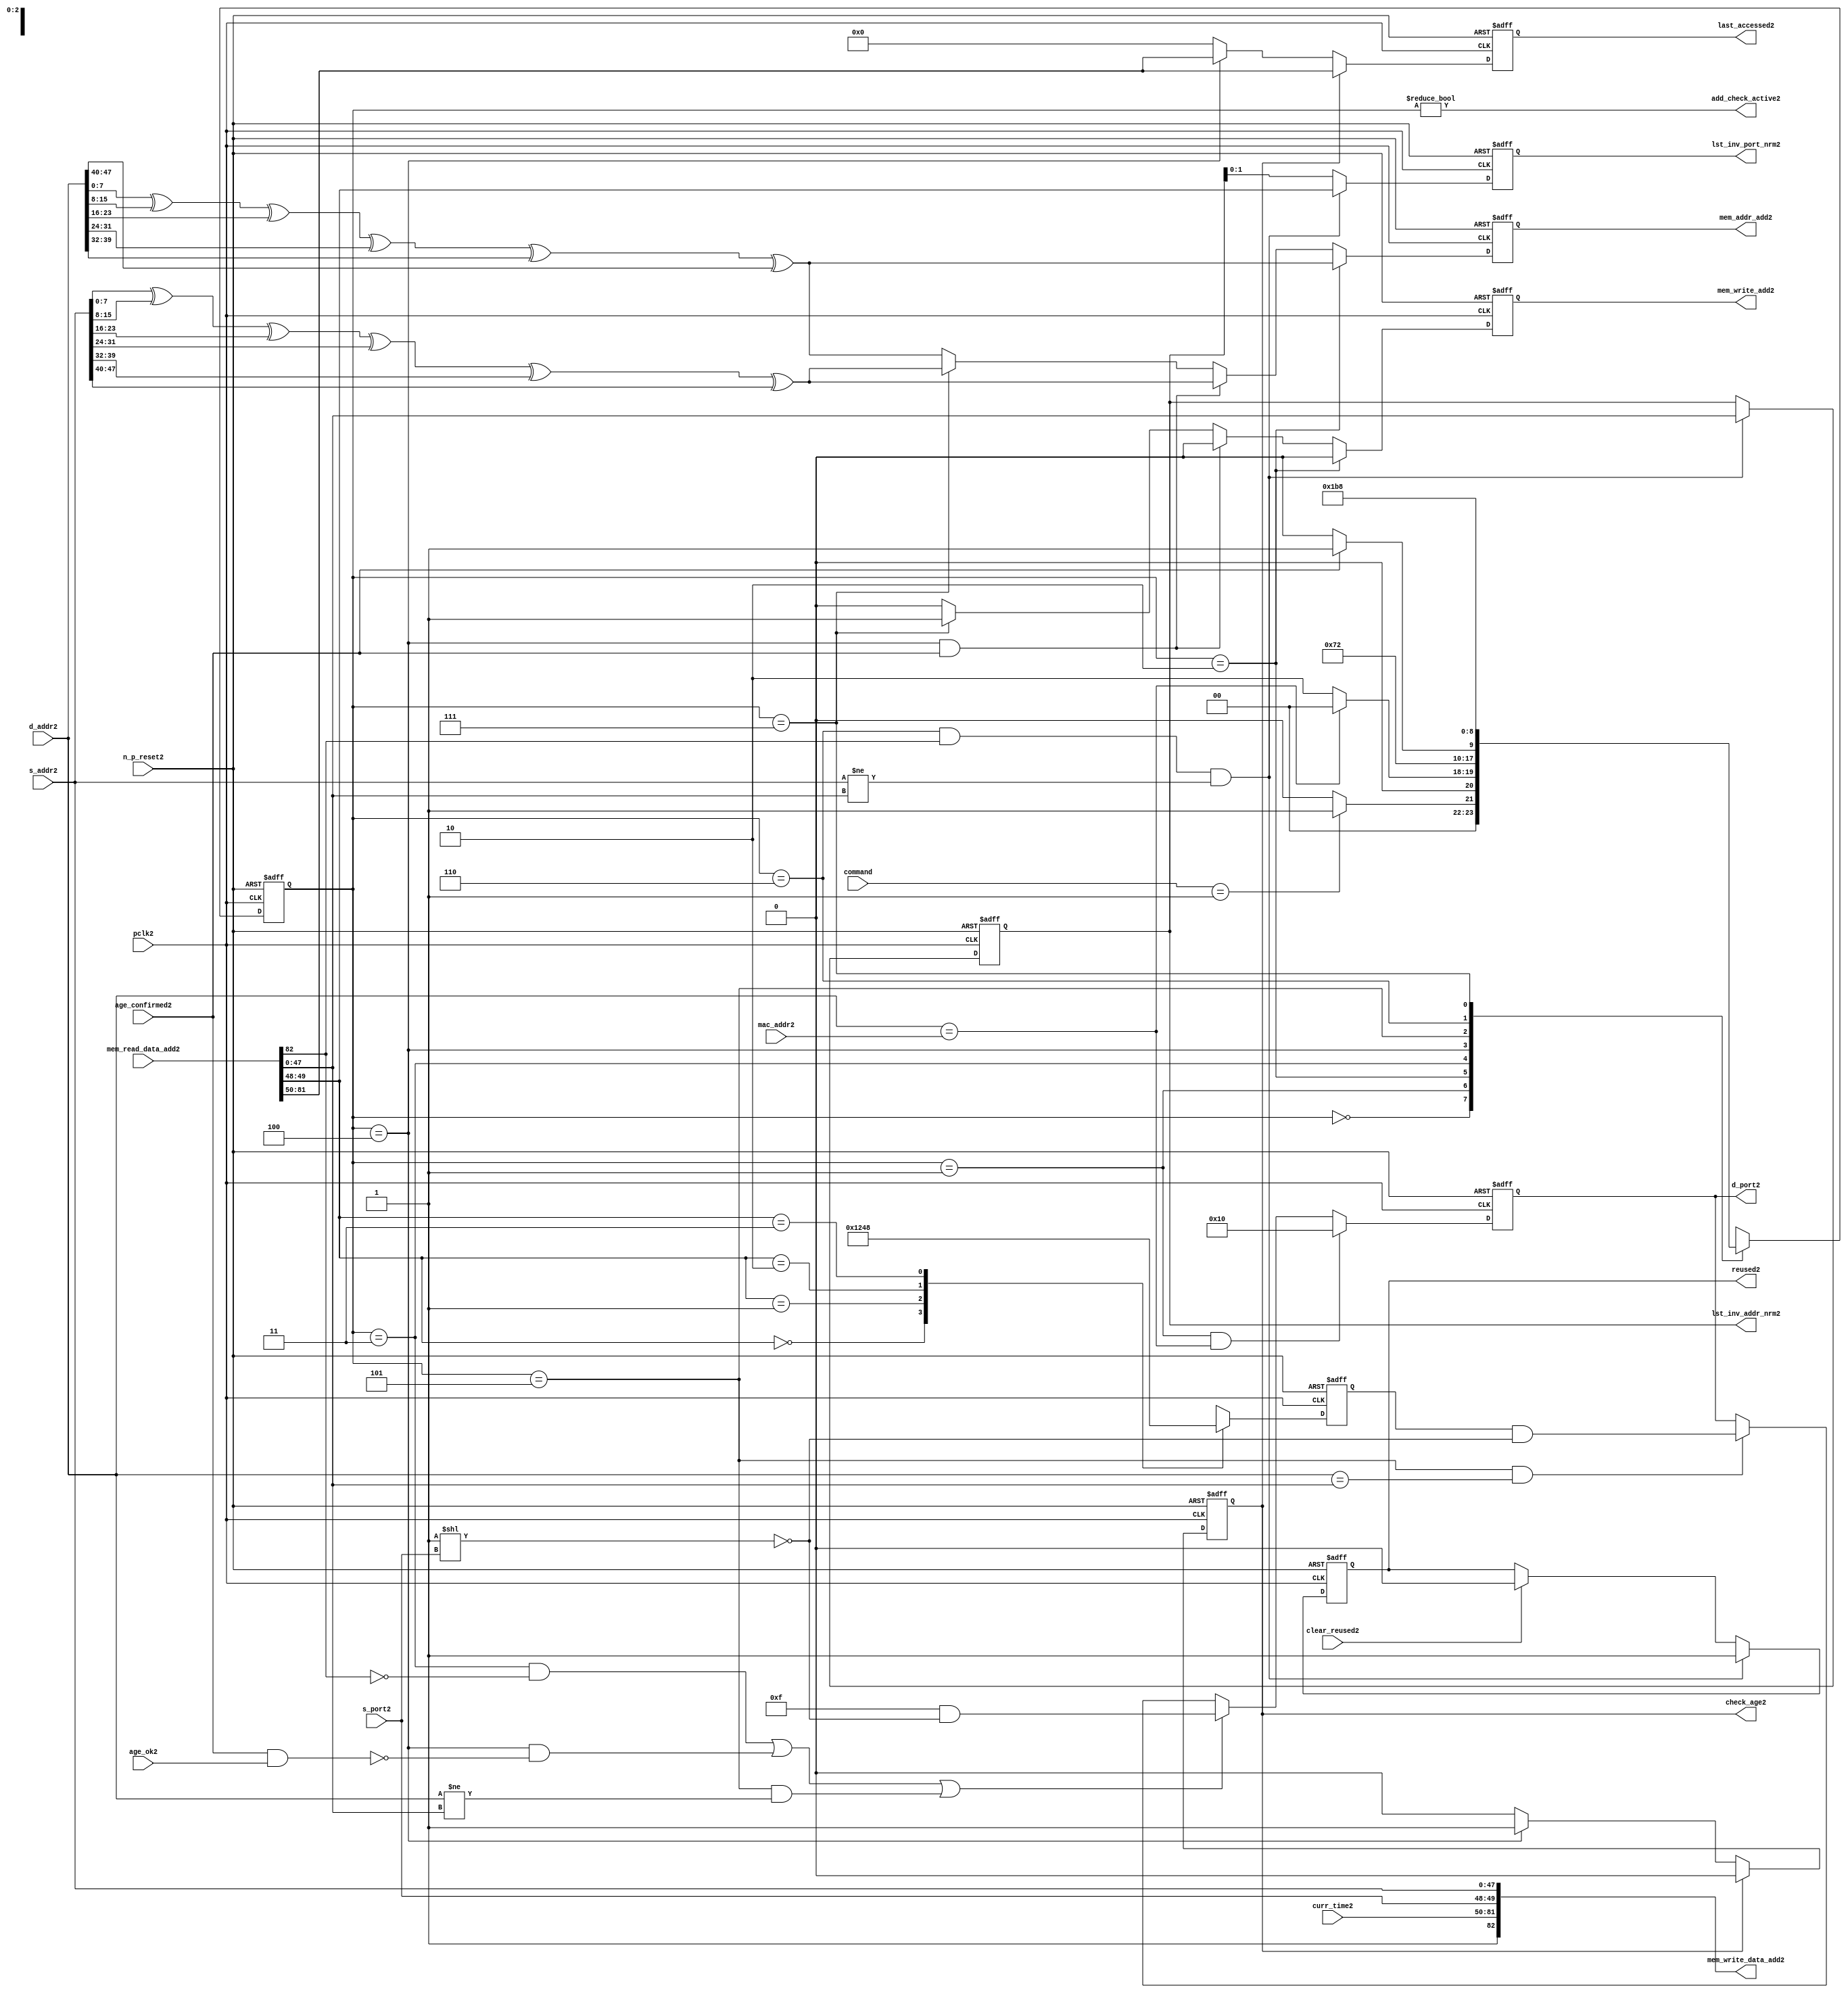
module alut_addr_checker2
(   
   // Inputs2
   pclk2,
   n_p_reset2,
   command,
   mac_addr2,
   d_addr2,
   s_addr2,
   s_port2,
   curr_time2,
   mem_read_data_add2,
   age_confirmed2,
   age_ok2,
   clear_reused2,

   //outputs2
   d_port2,
   add_check_active2,
   mem_addr_add2,
   mem_write_add2,
   mem_write_data_add2,
   lst_inv_addr_nrm2,
   lst_inv_port_nrm2,
   check_age2,
   last_accessed2,
   reused2
);



   input               pclk2;               // APB2 clock2                           
   input               n_p_reset2;          // Reset2                               
   input [1:0]         command;            // command bus                        
   input [47:0]        mac_addr2;           // address of the switch2              
   input [47:0]        d_addr2;             // address of frame2 to be checked2     
   input [47:0]        s_addr2;             // address of frame2 to be stored2      
   input [1:0]         s_port2;             // source2 port of current frame2       
   input [31:0]        curr_time2;          // current time,for storing2 in mem    
   input [82:0]        mem_read_data_add2;  // read data from mem                 
   input               age_confirmed2;      // valid flag2 from age2 checker        
   input               age_ok2;             // result from age2 checker 
   input               clear_reused2;       // read/clear flag2 for reused2 signal2           

   output [4:0]        d_port2;             // calculated2 destination2 port for tx2 
   output              add_check_active2;   // bit 0 of status register           
   output [7:0]        mem_addr_add2;       // hash2 address for R/W2 to memory     
   output              mem_write_add2;      // R/W2 flag2 (write = high2)            
   output [82:0]       mem_write_data_add2; // write data for memory             
   output [47:0]       lst_inv_addr_nrm2;   // last invalidated2 addr normal2 op    
   output [1:0]        lst_inv_port_nrm2;   // last invalidated2 port normal2 op    
   output              check_age2;          // request flag2 for age2 check
   output [31:0]       last_accessed2;      // time field sent2 for age2 check
   output              reused2;             // indicates2 ALUT2 location2 overwritten2

   reg   [2:0]         add_chk_state2;      // current address checker state
   reg   [2:0]         nxt_add_chk_state2;  // current address checker state
   reg   [4:0]         d_port2;             // calculated2 destination2 port for tx2 
   reg   [3:0]         port_mem2;           // bitwise2 conversion2 of 2bit port
   reg   [7:0]         mem_addr_add2;       // hash2 address for R/W2 to memory
   reg                 mem_write_add2;      // R/W2 flag2 (write = high2)            
   reg                 reused2;             // indicates2 ALUT2 location2 overwritten2
   reg   [47:0]        lst_inv_addr_nrm2;   // last invalidated2 addr normal2 op    
   reg   [1:0]         lst_inv_port_nrm2;   // last invalidated2 port normal2 op    
   reg                 check_age2;          // request flag2 for age2 checker
   reg   [31:0]        last_accessed2;      // time field sent2 for age2 check


   wire   [7:0]        s_addr_hash2;        // hash2 of address for storing2
   wire   [7:0]        d_addr_hash2;        // hash2 of address for checking
   wire   [82:0]       mem_write_data_add2; // write data for memory  
   wire                add_check_active2;   // bit 0 of status register           


// Parameters2 for Address Checking2 FSM2 states2
   parameter idle2           = 3'b000;
   parameter mac_addr_chk2   = 3'b001;
   parameter read_dest_add2  = 3'b010;
   parameter valid_chk2      = 3'b011;
   parameter age_chk2        = 3'b100;
   parameter addr_chk2       = 3'b101;
   parameter read_src_add2   = 3'b110;
   parameter write_src2      = 3'b111;


// -----------------------------------------------------------------------------
//   Hash2 conversion2 of source2 and destination2 addresses2
// -----------------------------------------------------------------------------
   assign s_addr_hash2 = s_addr2[7:0] ^ s_addr2[15:8] ^ s_addr2[23:16] ^
                        s_addr2[31:24] ^ s_addr2[39:32] ^ s_addr2[47:40];

   assign d_addr_hash2 = d_addr2[7:0] ^ d_addr2[15:8] ^ d_addr2[23:16] ^
                        d_addr2[31:24] ^ d_addr2[39:32] ^ d_addr2[47:40];



// -----------------------------------------------------------------------------
//   State2 Machine2 For2 handling2 the destination2 address checking process and
//   and storing2 of new source2 address and port values.
// -----------------------------------------------------------------------------
always @ (command or add_chk_state2 or age_confirmed2 or age_ok2)
   begin
      case (add_chk_state2)
      
      idle2:
         if (command == 2'b01)
            nxt_add_chk_state2 = mac_addr_chk2;
         else
            nxt_add_chk_state2 = idle2;

      mac_addr_chk2:   // check if destination2 address match MAC2 switch2 address
         if (d_addr2 == mac_addr2)
            nxt_add_chk_state2 = idle2;  // return dest2 port as 5'b1_0000
         else
            nxt_add_chk_state2 = read_dest_add2;

      read_dest_add2:       // read data from memory using hash2 of destination2 address
            nxt_add_chk_state2 = valid_chk2;

      valid_chk2:      // check if read data had2 valid bit set
         nxt_add_chk_state2 = age_chk2;

      age_chk2:        // request age2 checker to check if still in date2
         if (age_confirmed2)
            nxt_add_chk_state2 = addr_chk2;
         else
            nxt_add_chk_state2 = age_chk2; 

      addr_chk2:       // perform2 compare between dest2 and read addresses2
            nxt_add_chk_state2 = read_src_add2; // return read port from ALUT2 mem

      read_src_add2:   // read from memory location2 about2 to be overwritten2
            nxt_add_chk_state2 = write_src2; 

      write_src2:      // write new source2 data (addr and port) to memory
            nxt_add_chk_state2 = idle2; 

      default:
            nxt_add_chk_state2 = idle2;
      endcase
   end


// destination2 check FSM2 current state
always @ (posedge pclk2 or negedge n_p_reset2)
   begin
   if (~n_p_reset2)
      add_chk_state2 <= idle2;
   else
      add_chk_state2 <= nxt_add_chk_state2;
   end



// -----------------------------------------------------------------------------
//   Generate2 returned value of port for sending2 new frame2 to
// -----------------------------------------------------------------------------
always @ (posedge pclk2 or negedge n_p_reset2)
   begin
   if (~n_p_reset2)
      d_port2 <= 5'b0_1111;
   else if ((add_chk_state2 == mac_addr_chk2) & (d_addr2 == mac_addr2))
      d_port2 <= 5'b1_0000;
   else if (((add_chk_state2 == valid_chk2) & ~mem_read_data_add2[82]) |
            ((add_chk_state2 == age_chk2) & ~(age_confirmed2 & age_ok2)) |
            ((add_chk_state2 == addr_chk2) & (d_addr2 != mem_read_data_add2[47:0])))
      d_port2 <= 5'b0_1111 & ~( 1 << s_port2 );
   else if ((add_chk_state2 == addr_chk2) & (d_addr2 == mem_read_data_add2[47:0]))
      d_port2 <= {1'b0, port_mem2} & ~( 1 << s_port2 );
   else
      d_port2 <= d_port2;
   end


// -----------------------------------------------------------------------------
//   convert read port source2 value from 2bits to bitwise2 4 bits
// -----------------------------------------------------------------------------
always @ (posedge pclk2 or negedge n_p_reset2)
   begin
   if (~n_p_reset2)
      port_mem2 <= 4'b1111;
   else begin
      case (mem_read_data_add2[49:48])
         2'b00: port_mem2 <= 4'b0001;
         2'b01: port_mem2 <= 4'b0010;
         2'b10: port_mem2 <= 4'b0100;
         2'b11: port_mem2 <= 4'b1000;
      endcase
   end
   end
   


// -----------------------------------------------------------------------------
//   Set active bit of status, decoded2 off2 add_chk_state2
// -----------------------------------------------------------------------------
assign add_check_active2 = (add_chk_state2 != 3'b000);


// -----------------------------------------------------------------------------
//   Generate2 memory addressing2 signals2.
//   The check address command will be taken2 as the indication2 from SW2 that the 
//   source2 fields (address and port) can be written2 to memory. 
// -----------------------------------------------------------------------------
always @ (posedge pclk2 or negedge n_p_reset2)
   begin
   if (~n_p_reset2) 
   begin
       mem_write_add2 <= 1'b0;
       mem_addr_add2  <= 8'd0;
   end
   else if (add_chk_state2 == read_dest_add2)
   begin
       mem_write_add2 <= 1'b0;
       mem_addr_add2  <= d_addr_hash2;
   end
// Need2 to set address two2 cycles2 before check
   else if ( (add_chk_state2 == age_chk2) && age_confirmed2 )
   begin
       mem_write_add2 <= 1'b0;
       mem_addr_add2  <= s_addr_hash2;
   end
   else if (add_chk_state2 == write_src2)
   begin
       mem_write_add2 <= 1'b1;
       mem_addr_add2  <= s_addr_hash2;
   end
   else
   begin
       mem_write_add2 <= 1'b0;
       mem_addr_add2  <= d_addr_hash2;
   end
   end


// -----------------------------------------------------------------------------
//   Generate2 databus2 for writing to memory
//   Data written2 to memory from address checker will always be valid
// -----------------------------------------------------------------------------
assign mem_write_data_add2 = {1'b1, curr_time2, s_port2, s_addr2};



// -----------------------------------------------------------------------------
//   Evaluate2 read back data that is about2 to be overwritten2 with new source2 
//   address and port values. Decide2 whether2 the reused2 flag2 must be set and
//   last_inval2 address and port values updated.
//   reused2 needs2 to be implemented as read and clear
// -----------------------------------------------------------------------------
always @ (posedge pclk2 or negedge n_p_reset2)
   begin
   if (~n_p_reset2) 
   begin
      reused2 <= 1'b0;
      lst_inv_addr_nrm2 <= 48'd0;
      lst_inv_port_nrm2 <= 2'd0;
   end
   else if ((add_chk_state2 == read_src_add2) & mem_read_data_add2[82] &
            (s_addr2 != mem_read_data_add2[47:0]))
   begin
      reused2 <= 1'b1;
      lst_inv_addr_nrm2 <= mem_read_data_add2[47:0];
      lst_inv_port_nrm2 <= mem_read_data_add2[49:48];
   end
   else if (clear_reused2)
   begin
      reused2 <= 1'b0;
      lst_inv_addr_nrm2 <= lst_inv_addr_nrm2;
      lst_inv_port_nrm2 <= lst_inv_addr_nrm2;
   end
   else 
   begin
      reused2 <= reused2;
      lst_inv_addr_nrm2 <= lst_inv_addr_nrm2;
      lst_inv_port_nrm2 <= lst_inv_addr_nrm2;
   end
   end


// -----------------------------------------------------------------------------
//   Generate2 signals2 for age2 checker to perform2 in-date2 check
// -----------------------------------------------------------------------------
always @ (posedge pclk2 or negedge n_p_reset2)
   begin
   if (~n_p_reset2) 
   begin
      check_age2 <= 1'b0;  
      last_accessed2 <= 32'd0;
   end
   else if (check_age2)
   begin
      check_age2 <= 1'b0;  
      last_accessed2 <= mem_read_data_add2[81:50];
   end
   else if (add_chk_state2 == age_chk2)
   begin
      check_age2 <= 1'b1;  
      last_accessed2 <= mem_read_data_add2[81:50];
   end
   else 
   begin
      check_age2 <= 1'b0;  
      last_accessed2 <= 32'd0;
   end
   end


`ifdef ABV_ON2

// psl2 default clock2 = (posedge pclk2);

// ASSERTION2 CHECKS2
/* Commented2 out as also checking in toplevel2
// it should never be possible2 for the destination2 port to indicate2 the MAC2
// switch2 address and one of the other 4 Ethernets2
// psl2 assert_valid_dest_port2 : assert never (d_port2[4] & |{d_port2[3:0]});


// COVER2 SANITY2 CHECKS2
// check all values of destination2 port can be returned.
// psl2 cover_d_port_02 : cover { d_port2 == 5'b0_0001 };
// psl2 cover_d_port_12 : cover { d_port2 == 5'b0_0010 };
// psl2 cover_d_port_22 : cover { d_port2 == 5'b0_0100 };
// psl2 cover_d_port_32 : cover { d_port2 == 5'b0_1000 };
// psl2 cover_d_port_42 : cover { d_port2 == 5'b1_0000 };
// psl2 cover_d_port_all2 : cover { d_port2 == 5'b0_1111 };
*/
`endif


endmodule